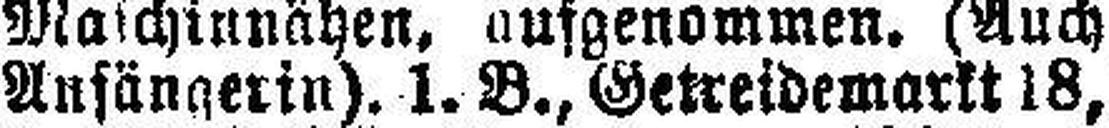
Anfängerin). 1. B., Getreidemarkt 18,